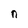
Character: n